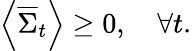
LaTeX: \left\langle{{\overline{{\Sigma}}}_{t}}\right\rangle\geq 0,\quad\forall t.